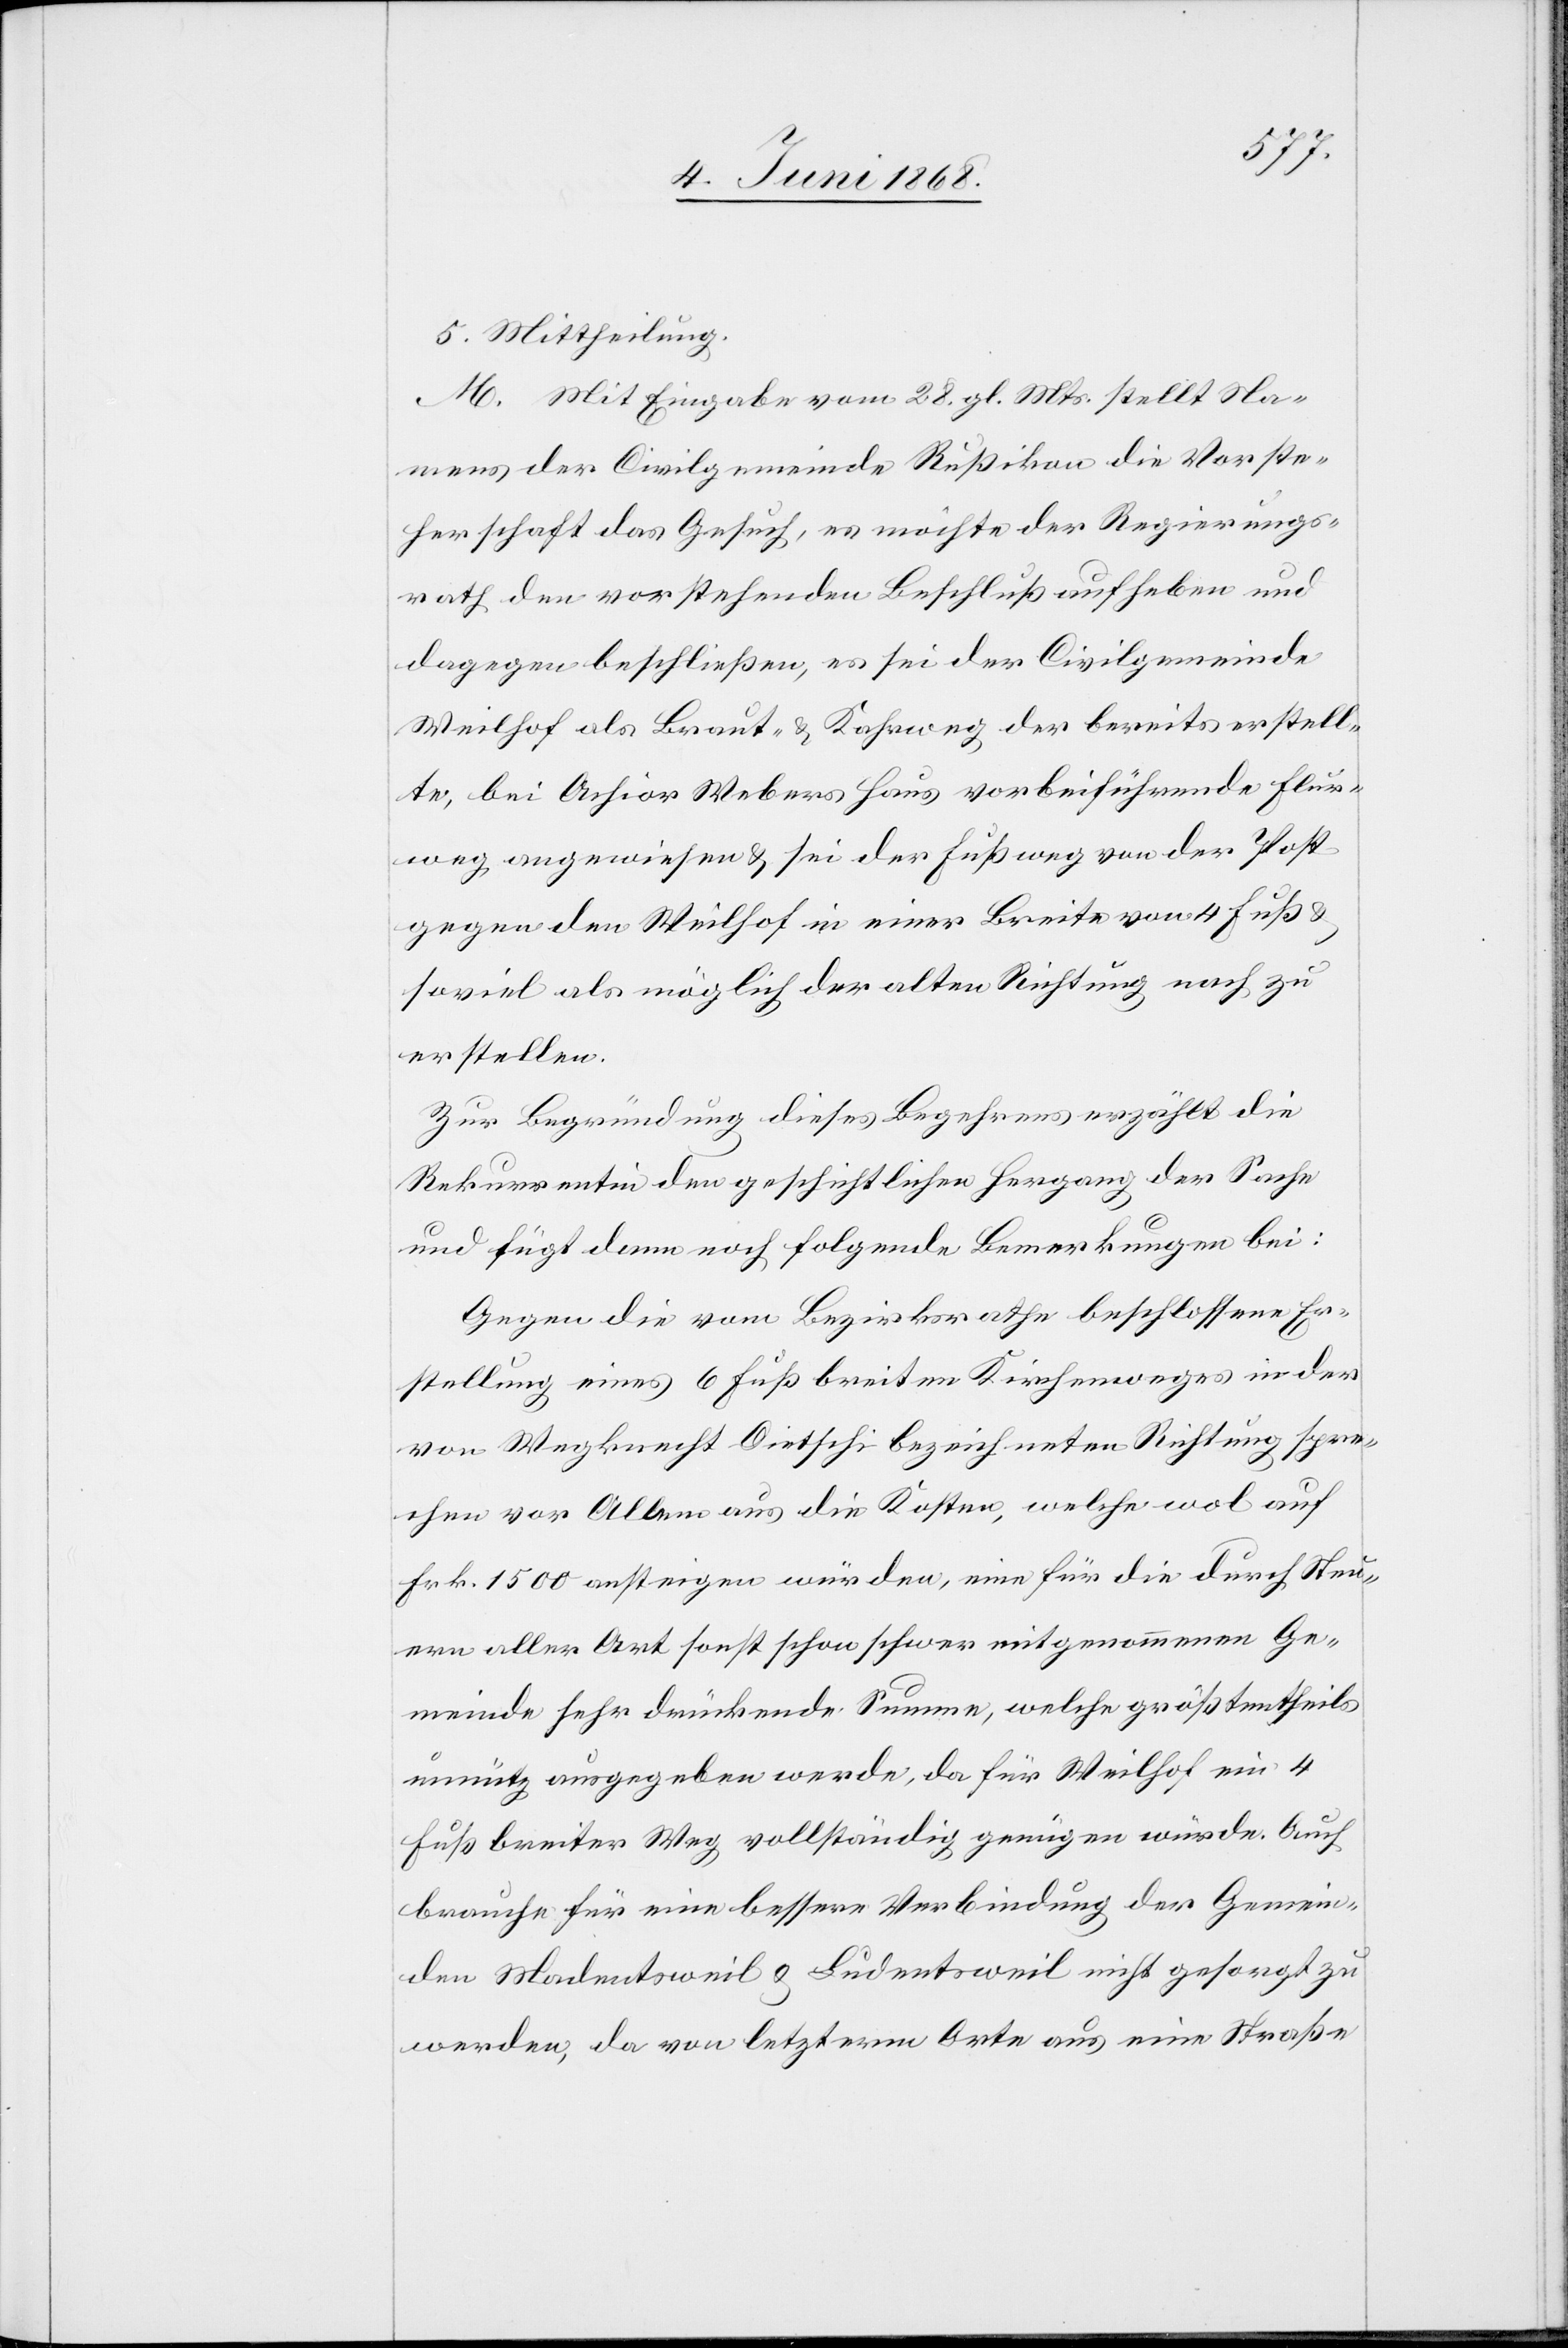
5.
Mittheilung.
M. Mit Eingabe vom 28. gl. Mts. stellt Na¬
mens der Civilgemeinde Rußikon die Vorste¬
herschaft das Gesuch, es möchte der Regierungs¬
rath den vorstehenden Beschluß aufheben und
dagegen beschließen, es sei der Civilgemeinde
Weilhof als Braut- & Kahrweg der bereits erstell¬
te, bei Achior Webers Haus vorbeiführende Flur¬
weg angewiesen & sei der Fußweg von der Post
gegen den Weilhof in einer Breite von 4 Fuß &
soviel als möglich der alten Richtung nach zu
erstellen.
Zur Begründung dieses Begehrens erzählt die
Rekurrentin den geschichtlichen Hergang der Sache
und fügt dann noch folgende Bemerkungen bei:
Gegen die vom Bezirksrathe beschlossene Er¬
stellung eines 6 Fuß breiten Kirchenweges in der
von Wegknecht Dietschi bezeichneten Richtung spre¬
chen vor Allem aus die Kosten, welche wol auf
Frk. 1500 ansteigen würden, eine für die durch Steu¬
ern aller Art sonst schon schwer mitgenommenen Ge¬
meinde sehr drückende Summe, welche größtentheils
unnütz ausgegeben werde, da für Weilhof ein 4
Fuß breiter Weg vollständig genügen würde. Auch
brauche für eine bessere Verbindung der Gemein¬
den Madentsweil & Ludentsweil nicht gesorgt zu
werden, da von letzterm Orte aus eine Straße